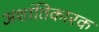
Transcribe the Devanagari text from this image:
अशांतिकारक